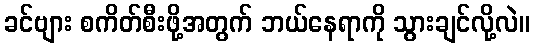
ခင်ဗျား စကိတ်စီးဖို့အတွက် ဘယ်နေရာကို သွားချင်လို့လဲ။